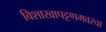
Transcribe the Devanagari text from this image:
विशाखापट्टणमवरचा